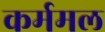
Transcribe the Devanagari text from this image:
कर्ममल